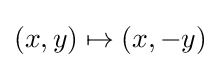
(x,y)\mapsto (x,-y)